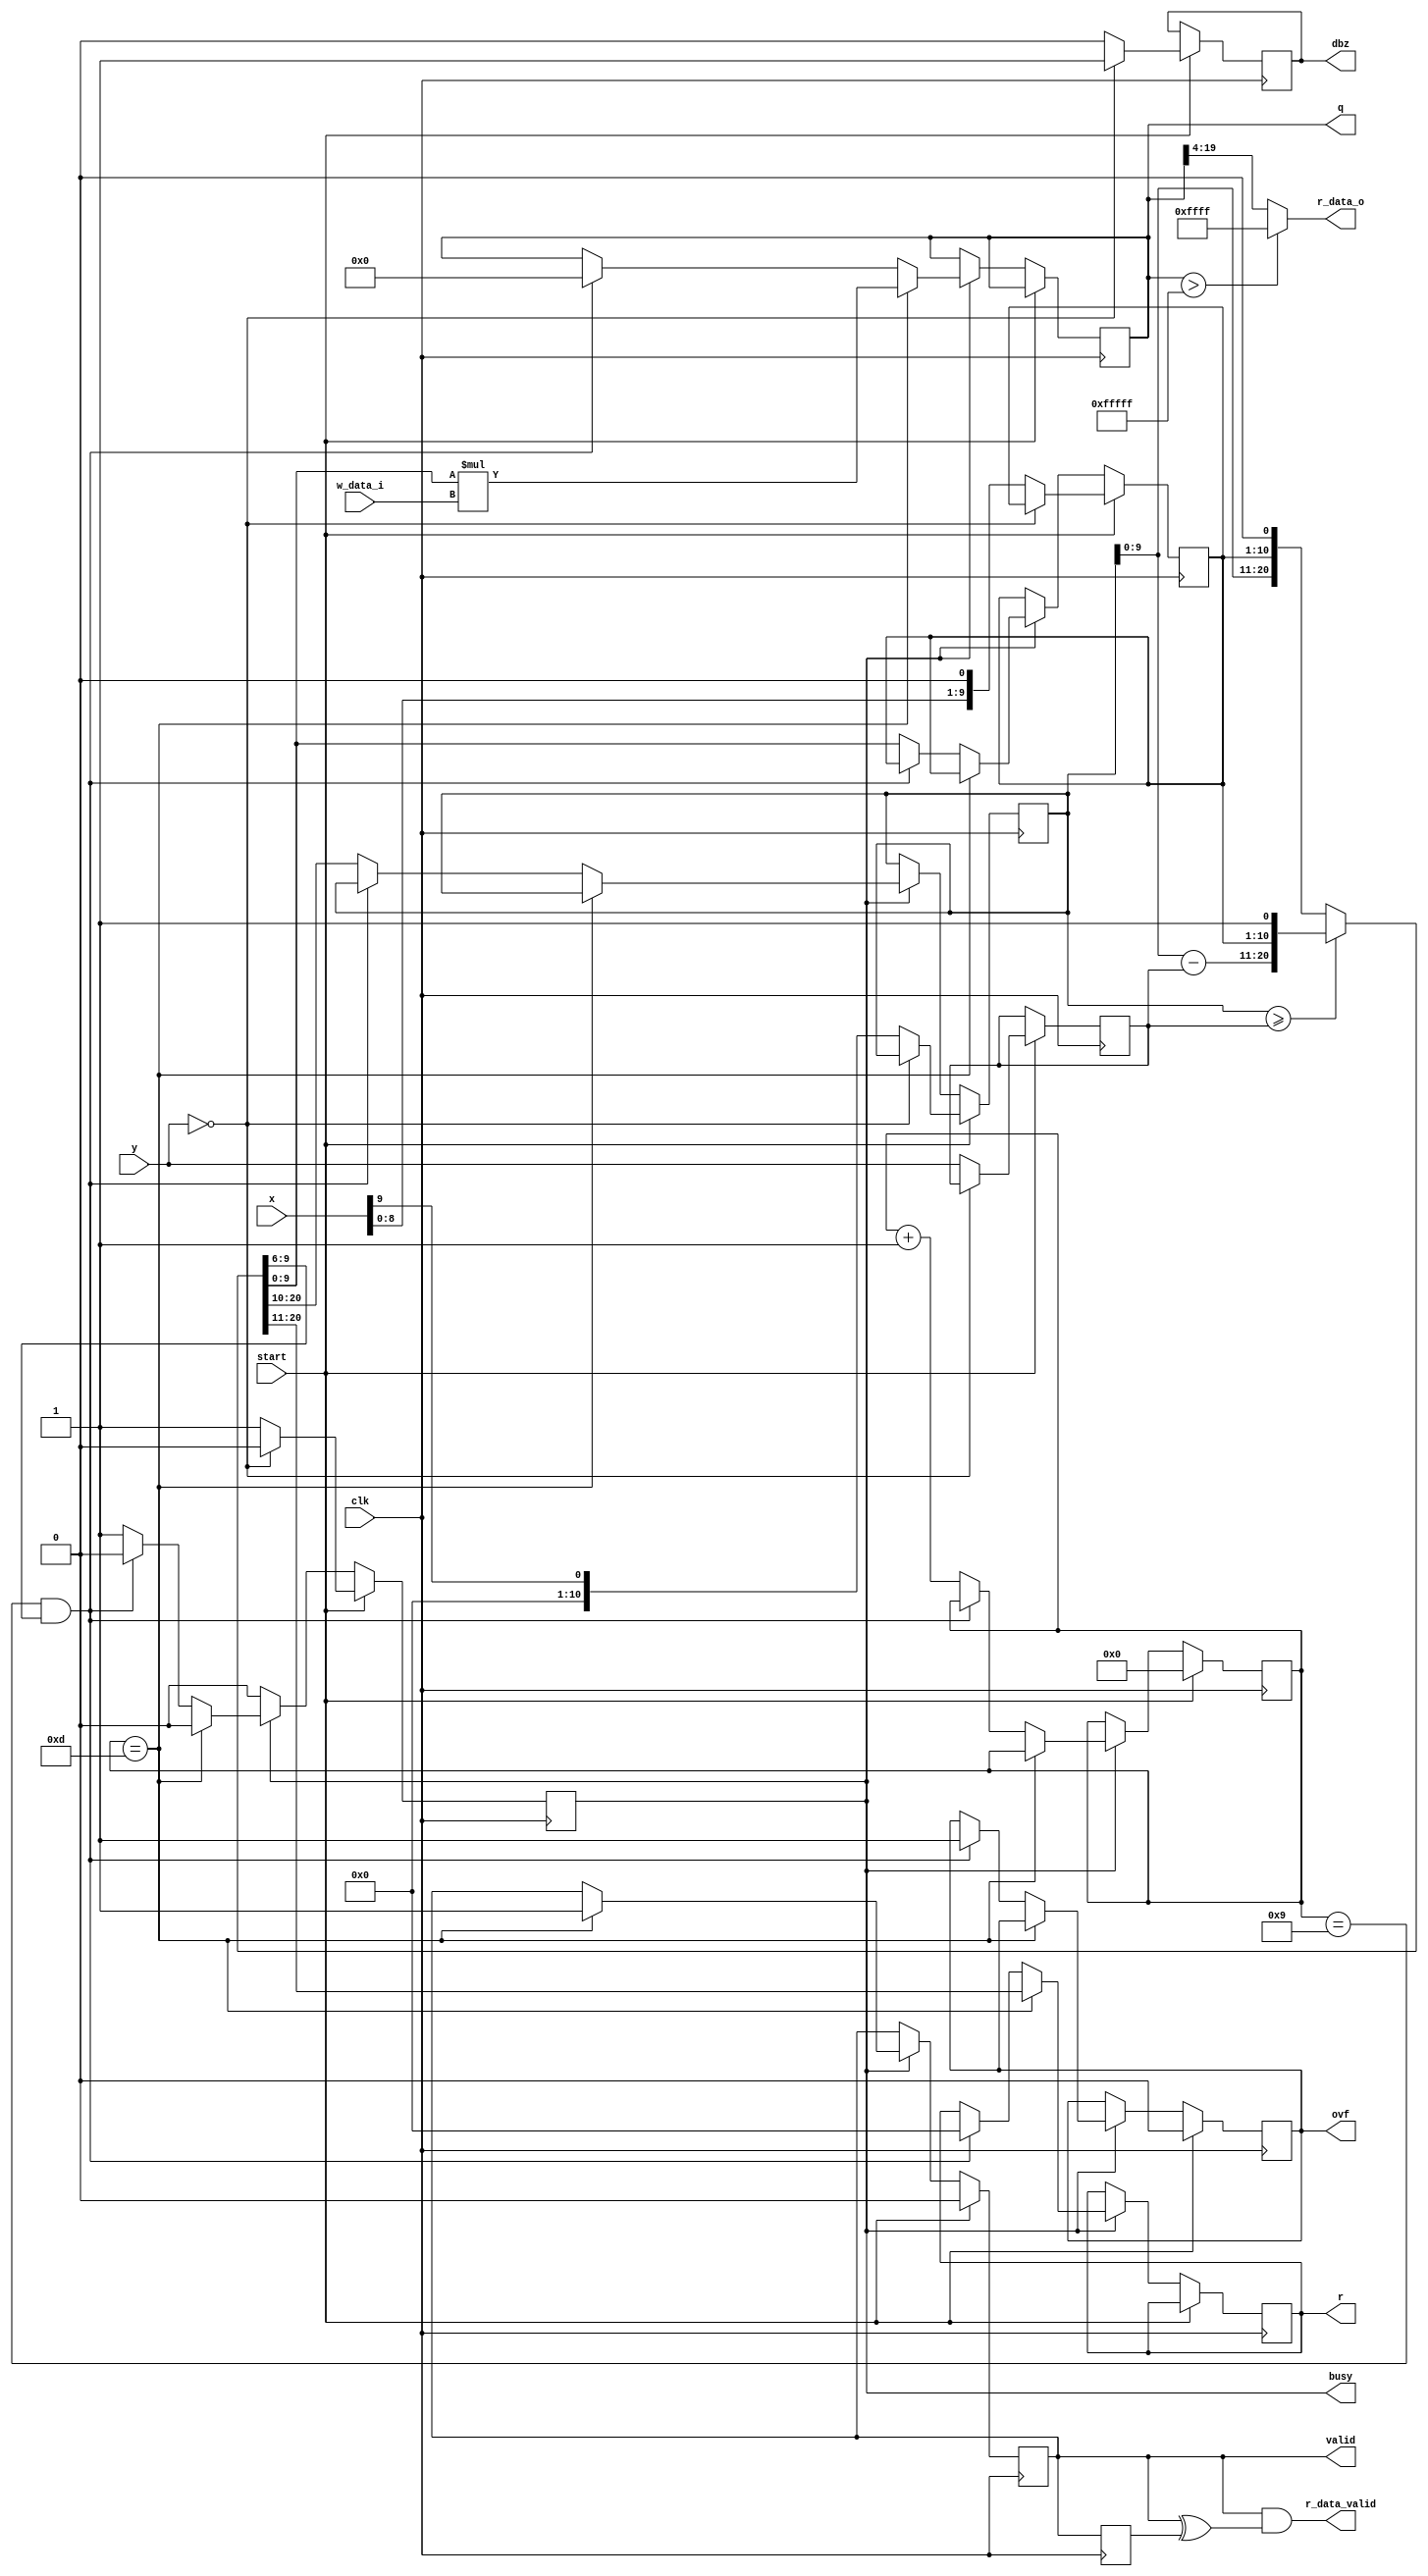
`timescale 1ns / 1ps
//////////////////////////////////////////////////////////////////////////////////
// Company: 
// Engineer: 
// 
// Design Name: 
// Module Name: divider
// Project Name: 
// Target Devices: 
// Tool Versions: 
// Description: 
// 
// Dependencies: 
// 
// Revision:
// Revision 0.01 - File Created
// Additional Comments:
// 
//////////////////////////////////////////////////////////////////////////////////


module divider #(
    parameter WIDTH=10,  // width of numbers in bits
    parameter FBITS=4   // fractional bits (for fixed point)
    ) (
    input wire clk,
    input wire start,          // start signal
    output reg busy,           // calculation in progress
    output reg valid,          // quotient and remainder are valid
    output reg dbz,            // divide by zero flag
    output reg ovf,            // overflow flag (fixed-point)
    input wire [WIDTH-1:0] x,  // dividend
    input wire [WIDTH-1:0] y,  // divisor
    output reg [WIDTH+16-1:0] q,  // quotient
    output reg [WIDTH-1:0] r,   // remainder
    input wire [15:0] w_data_i,
    output wire [15:0] r_data_o,
    output wire r_data_valid
    );

    // avoid negative vector width when fractional bits are not used
    localparam FBITSW = (FBITS) ? FBITS : 1;

    reg [WIDTH-1:0] y1;           // copy of divisor
    reg [WIDTH-1:0] q1, q1_next;  // intermediate quotient
    reg [WIDTH:0] ac, ac_next;    // accumulator (1 bit wider)

    localparam ITER = WIDTH+FBITS;  // iterations are dividend width + fractional bits
    reg [8:0] i;     // iteration counter

    always @ (*)
    begin
        if (ac >= {1'b0,y1}) begin
            ac_next = ac - y1;
            {ac_next, q1_next} = {ac_next[WIDTH-1:0], q1, 1'b1};
        end else begin
            {ac_next, q1_next} = {ac, q1} << 1;
        end
    end

    always @(posedge clk) 
    begin
        if (start) begin
            valid <= 0;
            ovf <= 0;
            i <= 0;
            if (y == 0) begin  // catch divide by zero
                busy <= 0;
                dbz <= 1;
            end else begin
                busy <= 1;
                dbz <= 0;
                y1 <= y;
                {ac, q1} <= {{WIDTH{1'b0}}, x, 1'b0};
            end
        end else if (busy) begin
            if (i == ITER-1) begin  // done
                busy <= 0;
                valid <= 1;
                q <= q1_next * w_data_i;
                r <= ac_next[WIDTH:1];  // undo final shift
            end else if (i == WIDTH-1 && q1_next[WIDTH-1:WIDTH-FBITSW]) begin // overflow?
                busy <= 0;
                ovf <= 1;
                q <= 0;
                r <= 0;
            end else begin  // next iteration
                i <= i + 1;
                ac <= ac_next;
                q1 <= q1_next;
            end
        end
    end
    
    reg valid_ff = 1'b0;
    always @ (posedge clk)
    begin
        valid_ff <= valid;
    end
    
    assign r_data_valid = valid & (valid ^ valid_ff);
    assign r_data_o = (q > 20'd1048575) ? 16'hFFFF : q[19:4];
    
endmodule